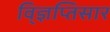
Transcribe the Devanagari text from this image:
वि्ज्ञप्तिसार